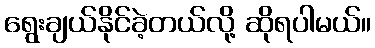
ရွေးချယ်နိုင်ခဲ့တယ်လို့ ဆိုရပါမယ်။